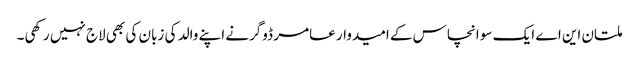
ملتان این اے ایک سو انچاس کے امیدوار عامر ڈوگرنے اپنے والد کی زبان کی بھی لاج نہیں رکھی۔